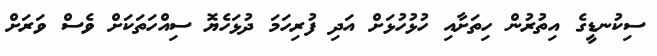
ސިކުނޑީގެ އިތުރުން ހިތަށާއި ހުޅުހުޅަށް އަދި ފުރިހަމަ ދުޅަހެޔޮ ސިއްހަތަކަށް ވެސް ވަރަށް